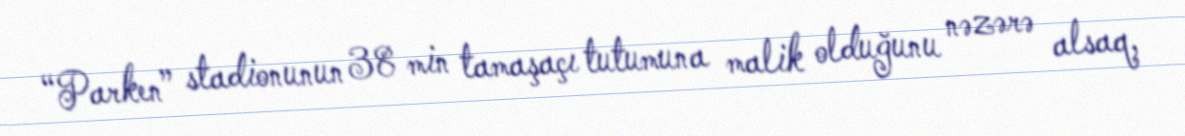
“Parken” stadionunun 38 min tamaşaçı tutumuna malik olduğunu nəzərə alsaq,